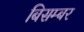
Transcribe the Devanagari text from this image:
बिसम्बर